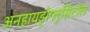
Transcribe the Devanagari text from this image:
अनहायड्रोग्लुसिटॉल